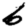
Digit: 6